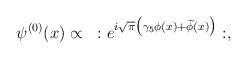
\begin{align*}\psi^{(0)} (x)\propto ~:e^{i\sqrt{\pi}\bigl(\gamma_5 \phi (x)+\widetilde\phi(x)\bigr)}:,\end{align*}